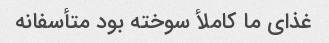
غذای ما کاملأ سوخته بود متأسفانه